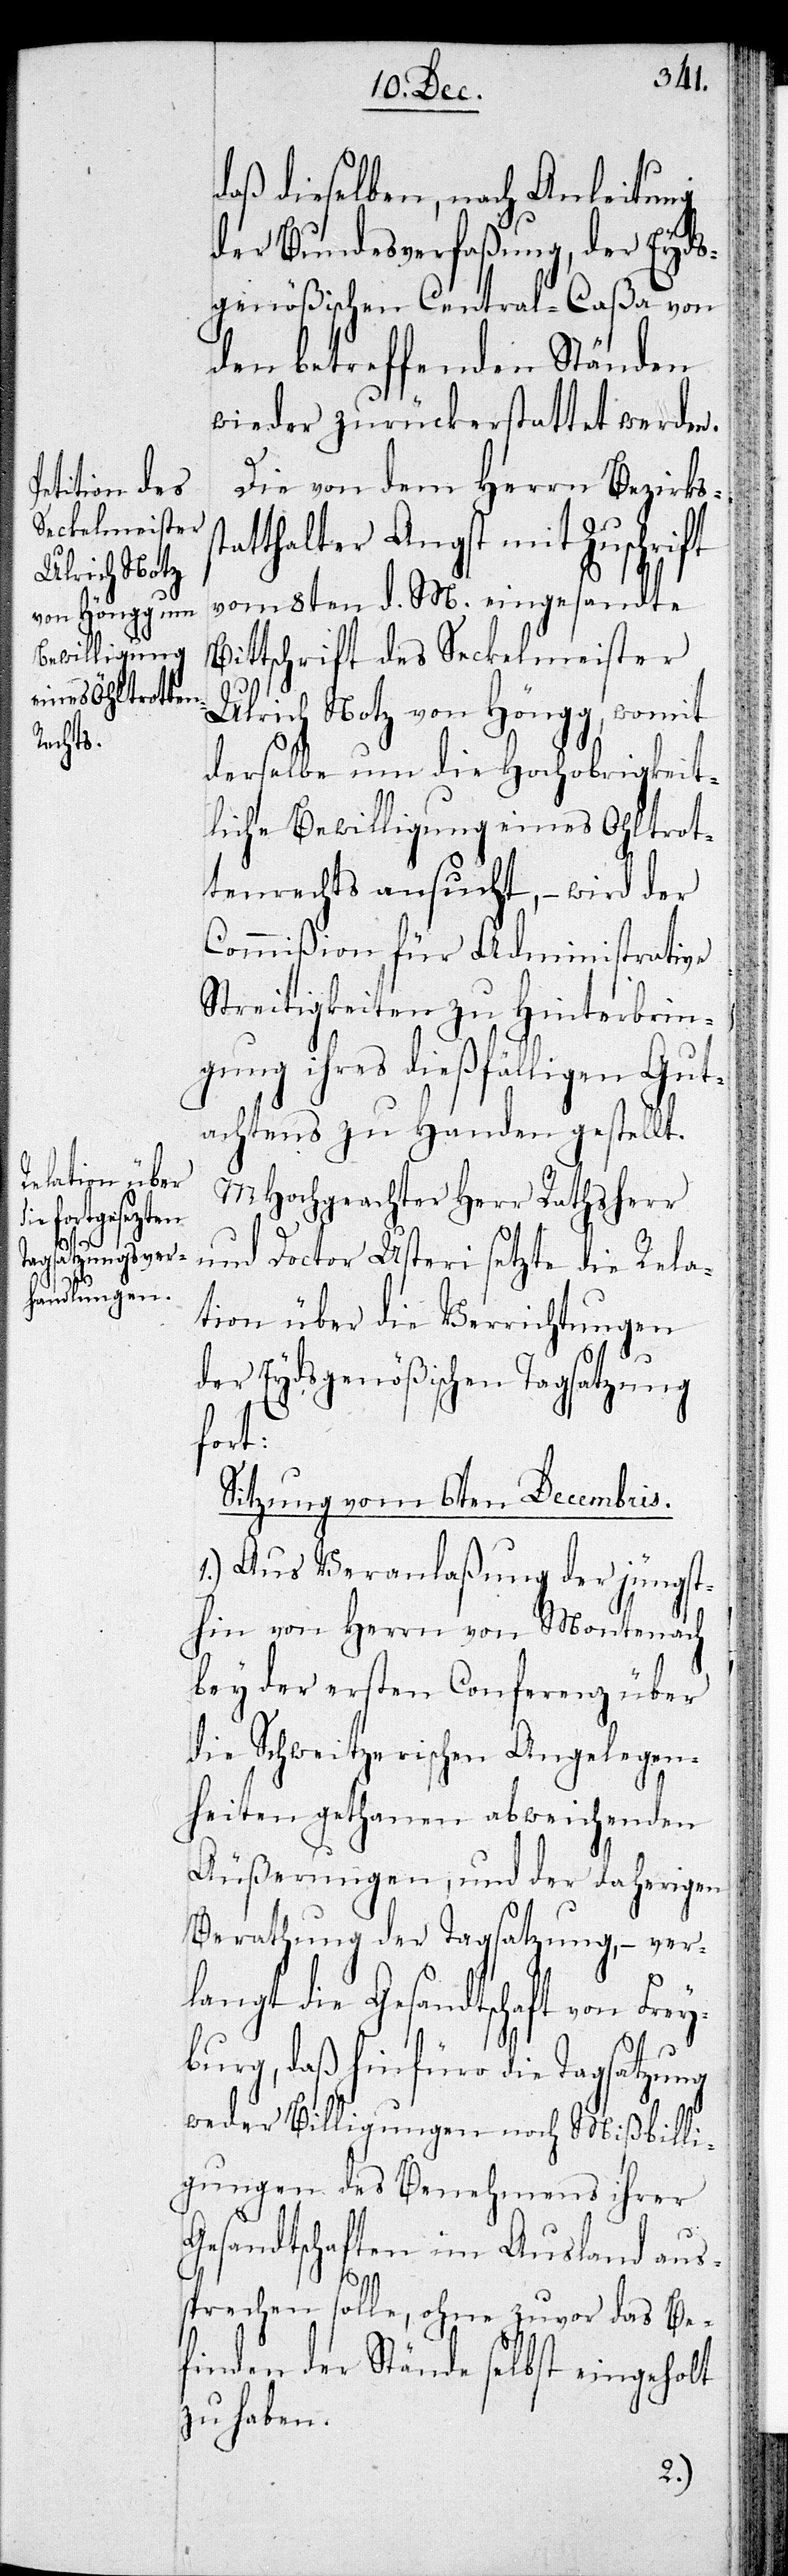
st¬

daß dieselben, nach Anleitung
der Bundesverfaßung, der Eyds¬
genößischen Central-Caßa von
den betreffenden Ständen
wieder zurückerstattet werden.
Die von dem Herrn Bezirks¬
atthalter Angst mit Zuschrift
vom 8ten d. M. eingesandte
Bittschrift des Seckelmeister
Ulrich Notz von Höngg, womit
derselbe um die Hochobrigkeit¬
liche Bewilligung eines Ohltrot¬
tenrechts ersucht, – wird der
Commißion für Administrative
Streitigkeiten zu Hinterbrin¬
gung ihres dießfälligen Gut¬
achtens zu Handen gestellt.
MHochgeachter Herr Rathsherr
und Doctor Usteri setzte die Rela¬
tion über die Verrichtungen
der Eydsgenößischen Tagsatzung
fort:
Sitzung vom 6ten Decembris.
1.) Aus Veranlaßung der jüngst¬
hin von Herrn von Montenach
bey der ersten Conferenz über
die Schweitzerischen Angelegen¬
heiten gethanen abweichenden
Äußerungen, und der daherigen
Berathung der Tagsatzung, – ver¬
langt die Gesandtschaft von Frey¬
burg, daß hinfüro die Tagsatzung
weder Billigungen noch Mißbilli¬
gungen des Benehmens ihrer
Gesandtschaften im Ausland aus¬
sprechen solle, ohne zuvor das Be¬
finden der Stände selbst eingeholt
zu haben.